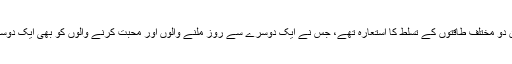
مشرقی اور مغربی برلن دو مختلف طاقتوں کے تسلط کا استعارہ تھے، جس نے ایک دوسرے سے روز ملنے والوں اور محبت کرنے والوں کو بھی ایک دوسرے سے جدا کردیا تھا۔